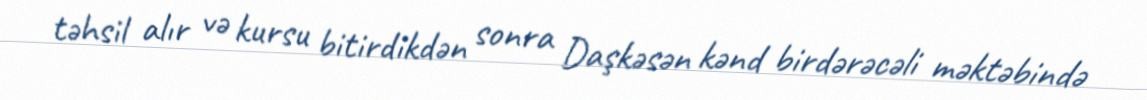
təhsil alır və kursu bitirdikdən sonra Daşkəsən kənd birdərəcəli məktəbində